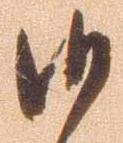
候